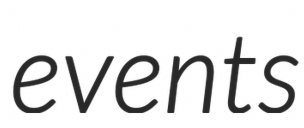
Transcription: events